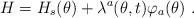
LaTeX: \begin{align*}H=H_s(\theta)+\lambda ^a(\theta,t) \varphi _a(\theta )\ .\end{align*}